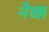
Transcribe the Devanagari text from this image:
नेव्स